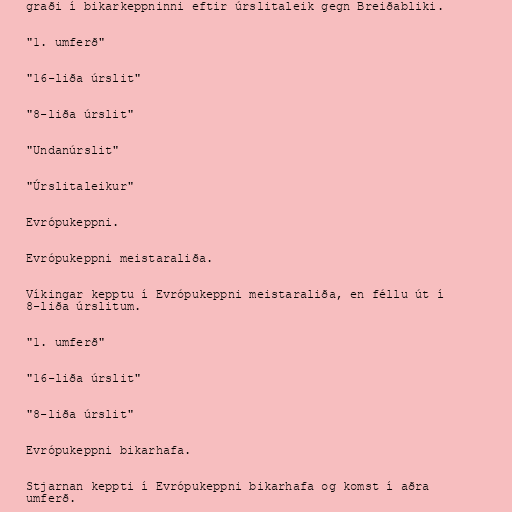
graði í bikarkeppninni eftir úrslitaleik gegn Breiðabliki.

"1. umferð"

"16-liða úrslit"

"8-liða úrslit"

"Undanúrslit"

"Úrslitaleikur"

Evrópukeppni.

Evrópukeppni meistaraliða.

Víkingar kepptu í Evrópukeppni meistaraliða, en féllu út í
8-liða úrslitum.

"1. umferð"

"16-liða úrslit"

"8-liða úrslit"

Evrópukeppni bikarhafa.

Stjarnan keppti í Evrópukeppni bikarhafa og komst í aðra
umferð.